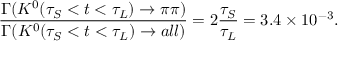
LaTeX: \frac { \Gamma ( K ^ { 0 } ( \tau _ { S } < t < \tau _ { L } ) \rightarrow \pi \pi ) } { \Gamma ( K ^ { 0 } ( \tau _ { S } < t < \tau _ { L } ) \rightarrow a l l ) } = 2 \frac { \tau _ { S } } { \tau _ { L } } = 3 . 4 \times 1 0 ^ { - 3 } .